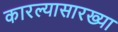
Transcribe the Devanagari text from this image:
कारल्यासारख्या